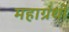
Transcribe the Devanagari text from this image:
महाग्रंथों